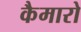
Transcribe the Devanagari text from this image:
कैमारो